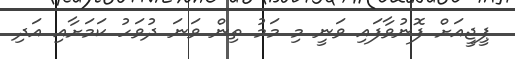
ޕީޖީއަށް ފޮނުވާފައި ވަނީ މި މަމު ތިން ވަނަ ދުވަހު ކަމަށާއި އަދި